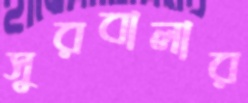
সুরবালার